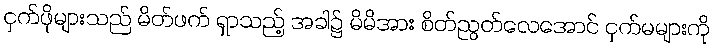
ငှက်ဖိုများသည် မိတ်ဖက် ရှာသည့် အခါ၌ မိမိအား စိတ်ညွတ်လေအောင် ငှက်မများကို